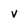
Character: v